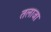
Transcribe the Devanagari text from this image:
तलाजा